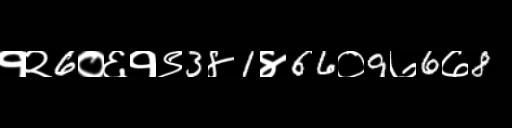
Text: १२6०६१९3४1४66०9७6७8